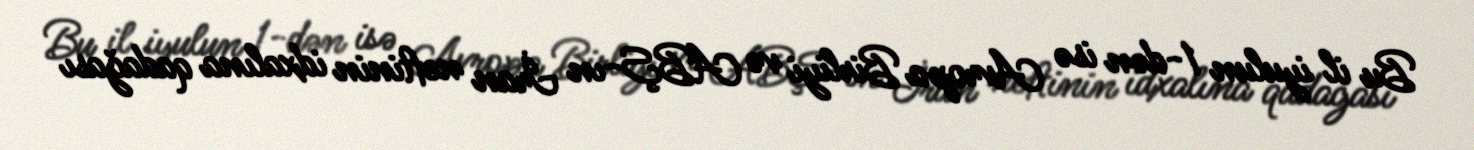
Bu il iyulun 1-dən isə Avropa Birliyi və ABŞ-ın İran neftinin idxalına qadağası